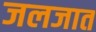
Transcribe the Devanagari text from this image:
जलजात